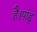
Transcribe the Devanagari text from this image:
है।पांडु